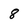
Character: 8